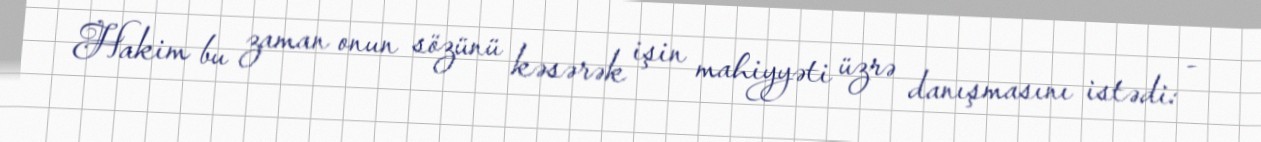
Hakim bu zaman onun sözünü kəsərək işin mahiyyəti üzrə danışmasını istədi: -